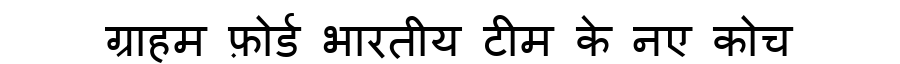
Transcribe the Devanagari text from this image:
ग्राहम फ़ोर्ड भारतीय टीम के नए कोच